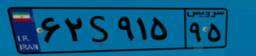
۶۲S۹۱۵۹۵